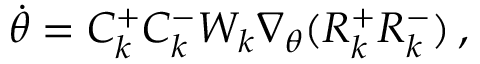
\begin{array} { r } { \Dot { \theta } = C _ { k } ^ { + } C _ { k } ^ { - } W _ { k } \nabla _ { \theta } ( R _ { k } ^ { + } R _ { k } ^ { - } ) \, , } \end{array}